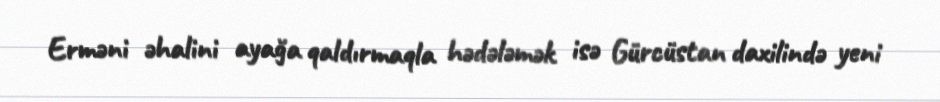
Erməni əhalini ayağa qaldırmaqla hədələmək isə Gürcüstan daxilində yeni